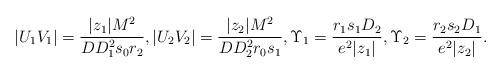
LaTeX: \begin{align*} |U_1V_1| = \frac{|z_1| M^2}{DD_1^2s_0r_2}, |U_2V_2| = \frac{|z_2| M^2}{DD_2^2r_0s_1} , \Upsilon_1 = \frac{r_1s_1D_2}{ e^2|z_1|}, \Upsilon_2 = \frac{r_2s_2D_1}{ e^2|z_2|}.\end{align*}